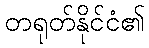
တရုတ်နိုင်ငံ၏